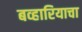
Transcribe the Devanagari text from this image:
बव्हारियाचा